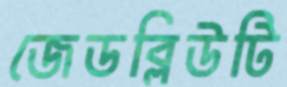
জেডব্লিউটি